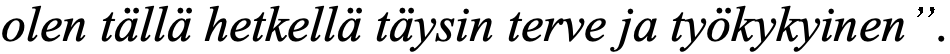
olen tällä hetkellä täysin terve ja työkykyinen”.